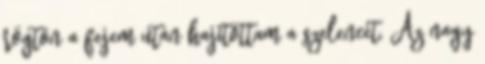
rögtön a fejem után hajítottam a szelencét. Az nagy